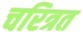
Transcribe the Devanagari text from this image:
चरित्रत